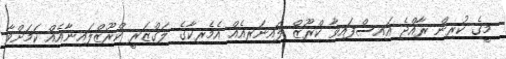
މީގެ ކުރިން ރާއްޖެ އައިސްފައިވާ ކްރޫޒް ލައިނަރއެއް އެމެރިކާގެ ލަގްޒަރީ ކްރޫޒްލައިނާއެއް ކަމަށްވާ